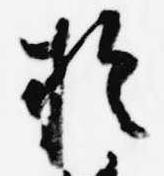
於